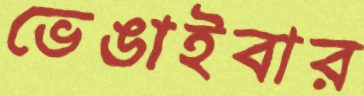
ভেঙাইবার